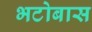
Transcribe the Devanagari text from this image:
भटोबास